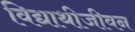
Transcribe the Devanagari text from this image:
विद्याथीजीवन